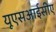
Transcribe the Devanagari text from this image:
यूएसआईसीए